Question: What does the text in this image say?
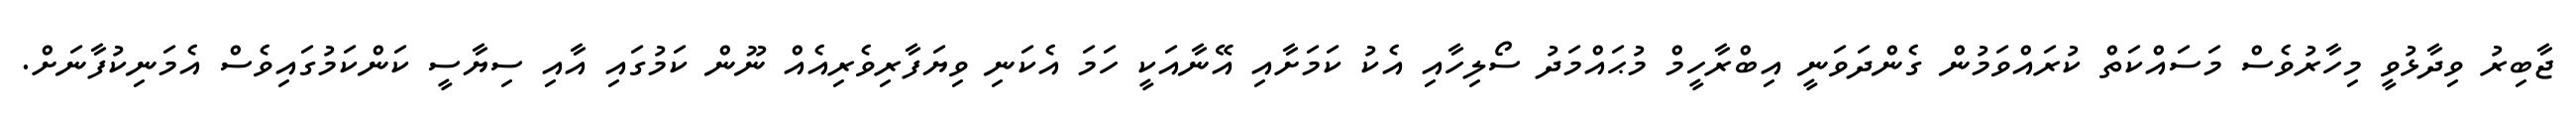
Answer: ޖާބިރު ވިދާޅުވީ މިހާރުވެސް މަސައްކަތް ކުރައްވަމުން ގެންދަވަނީ އިބްރާހީމް މުޙައްމަދު ސޯލިހާއި އެކު ކަމަށާއި އޭނާއަކީ ހަމަ އެކަނި ވިޔަފާރިވެރިއެއް ނޫން ކަމުގައި އާއި ސިޔާސީ ކަންކަމުގައިވެސް އެމަނިކުފާނަށް.